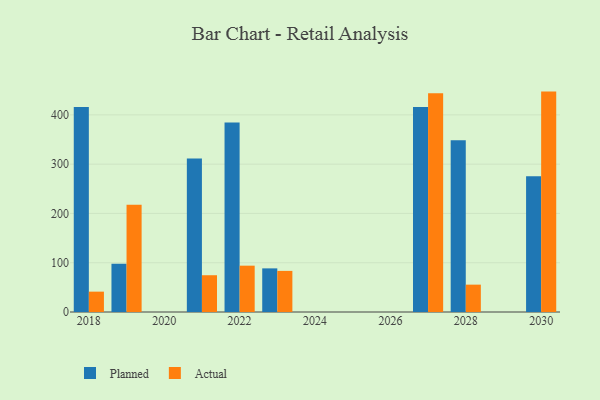
{"axis": {"x": "Year", "y": "Temperature (°C)"}, "legend": ["Actual", "Planned"], "data": [{"x": "2027", "y": 416.0, "type": "Planned"}, {"x": "2027", "y": 443.8, "type": "Actual"}, {"x": "2019", "y": 97.9, "type": "Planned"}, {"x": "2019", "y": 217.8, "type": "Actual"}, {"x": "2023", "y": 88.5, "type": "Planned"}, {"x": "2023", "y": 83.4, "type": "Actual"}, {"x": "2018", "y": 416.1, "type": "Planned"}, {"x": "2018", "y": 41.3, "type": "Actual"}, {"x": "2030", "y": 275.2, "type": "Planned"}, {"x": "2030", "y": 447.2, "type": "Actual"}, {"x": "2022", "y": 384.4, "type": "Planned"}, {"x": "2022", "y": 94.0, "type": "Actual"}, {"x": "2021", "y": 311.3, "type": "Planned"}, {"x": "2021", "y": 74.6, "type": "Actual"}, {"x": "2028", "y": 348.5, "type": "Planned"}, {"x": "2028", "y": 55.5, "type": "Actual"}]}